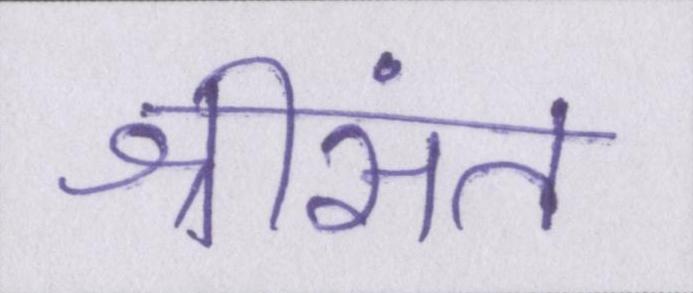
श्रीसंत